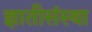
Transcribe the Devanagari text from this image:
ज्ञातीसंस्था